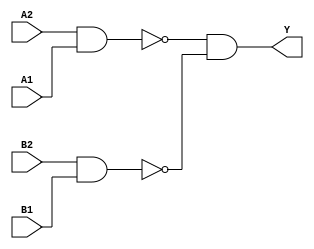
module sky130_fd_sc_hdll__a22oi (
    Y ,
    A1,
    A2,
    B1,
    B2
);

    // Module ports
    output Y ;
    input  A1;
    input  A2;
    input  B1;
    input  B2;

    // Local signals
    wire nand0_out ;
    wire nand1_out ;
    wire and0_out_Y;

    //   Name   Output      Other arguments
    nand nand0 (nand0_out , A2, A1              );
    nand nand1 (nand1_out , B2, B1              );
    and  and0  (and0_out_Y, nand0_out, nand1_out);
    buf  buf0  (Y         , and0_out_Y          );

endmodule